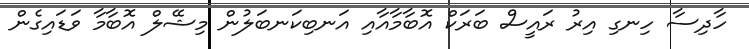
ހާދިސާ ހިނގި އިރު ރައީސް ބަރަކް އޮބާމާއާއި އަނބިކަނބަލުން މިޝޭލް އޮބާމާ ވަޑައިގެން